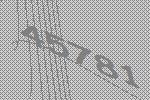
45781